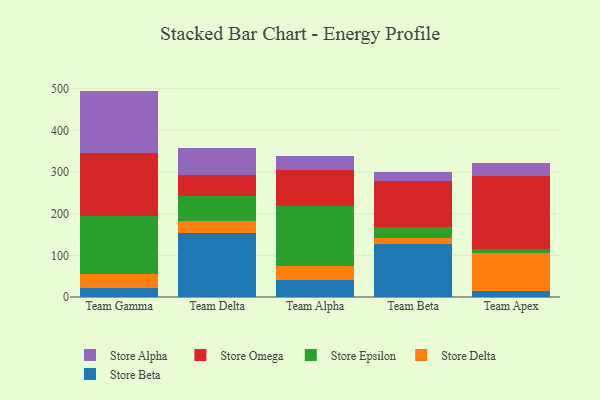
{"axis": {"x": "Team", "y": "Customer Acquisition Cost (USD)"}, "legend": ["Store Alpha", "Store Beta", "Store Delta", "Store Epsilon", "Store Omega"], "data": [{"x": "Team Gamma", "y": 21.6, "type": "Store Beta"}, {"x": "Team Gamma", "y": 34.0, "type": "Store Delta"}, {"x": "Team Gamma", "y": 138.0, "type": "Store Epsilon"}, {"x": "Team Gamma", "y": 152.1, "type": "Store Omega"}, {"x": "Team Gamma", "y": 149.0, "type": "Store Alpha"}, {"x": "Team Delta", "y": 153.7, "type": "Store Beta"}, {"x": "Team Delta", "y": 29.4, "type": "Store Delta"}, {"x": "Team Delta", "y": 58.1, "type": "Store Epsilon"}, {"x": "Team Delta", "y": 50.4, "type": "Store Omega"}, {"x": "Team Delta", "y": 65.7, "type": "Store Alpha"}, {"x": "Team Alpha", "y": 40.0, "type": "Store Beta"}, {"x": "Team Alpha", "y": 33.6, "type": "Store Delta"}, {"x": "Team Alpha", "y": 145.6, "type": "Store Epsilon"}, {"x": "Team Alpha", "y": 84.4, "type": "Store Omega"}, {"x": "Team Alpha", "y": 35.6, "type": "Store Alpha"}, {"x": "Team Beta", "y": 128.1, "type": "Store Beta"}, {"x": "Team Beta", "y": 12.3, "type": "Store Delta"}, {"x": "Team Beta", "y": 27.2, "type": "Store Epsilon"}, {"x": "Team Beta", "y": 111.4, "type": "Store Omega"}, {"x": "Team Beta", "y": 19.8, "type": "Store Alpha"}, {"x": "Team Apex", "y": 13.5, "type": "Store Beta"}, {"x": "Team Apex", "y": 92.2, "type": "Store Delta"}, {"x": "Team Apex", "y": 8.7, "type": "Store Epsilon"}, {"x": "Team Apex", "y": 176.4, "type": "Store Omega"}, {"x": "Team Apex", "y": 30.6, "type": "Store Alpha"}]}